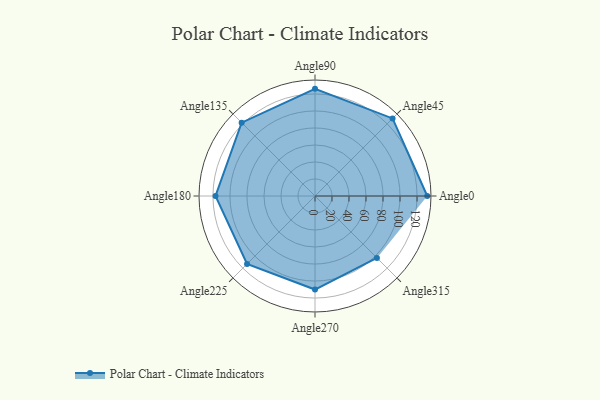
{"axis": {"x": "Angle", "y": "Radius"}, "legend": [""], "data": [{"x": "Angle0", "y": 132.0, "type": ""}, {"x": "Angle45", "y": 129.0, "type": ""}, {"x": "Angle90", "y": 126.0, "type": ""}, {"x": "Angle135", "y": 122.0, "type": ""}, {"x": "Angle180", "y": 117.0, "type": ""}, {"x": "Angle225", "y": 113.0, "type": ""}, {"x": "Angle270", "y": 110.0, "type": ""}, {"x": "Angle315", "y": 103.0, "type": ""}]}